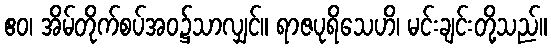
ဧဝ၊ အိမ်တိုက်စပ်အဝ၌သာလျှင်။ ရာဇပုရိသေဟိ၊ မင်းချင်းတို့သည်။